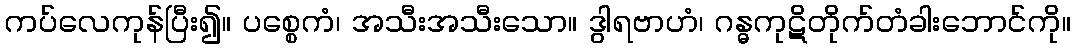
ကပ်လေကုန်ပြီး၍။ ပစ္စေကံ၊ အသီးအသီးသော။ ဒွါရဗာဟံ၊ ဂန္ဓကုဋိတိုက်တံခါးဘောင်ကို။